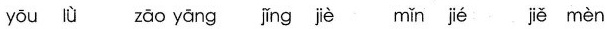
yōu lǜ zāo yāng jǐng jè mǐn jié jiě mèn